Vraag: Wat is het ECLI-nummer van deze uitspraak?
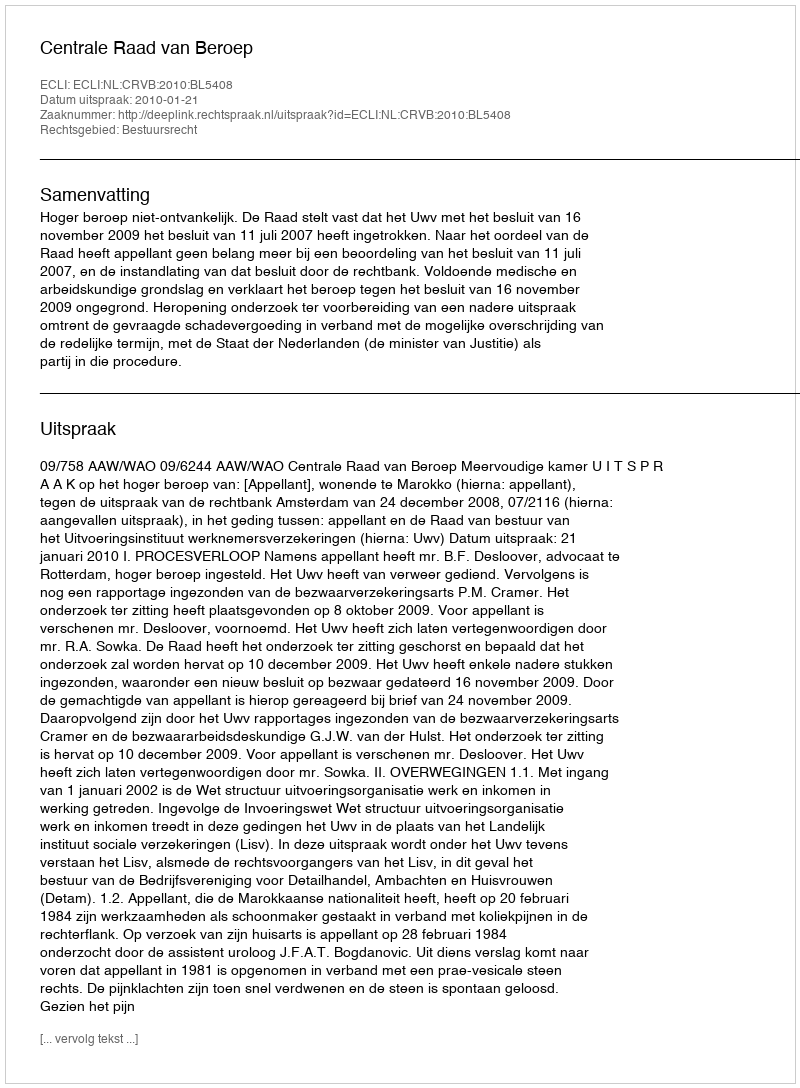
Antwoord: ECLI:NL:CRVB:2010:BL5408